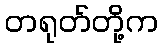
တရုတ်တို့က